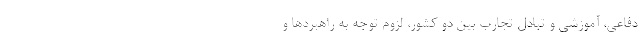
دفاعی، آموزشی و تبادل تجارب بین دو کشور، لزوم توجه به راهبردها و